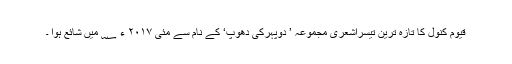
قیوم کنولؔ کا تازہ ترین تیسراشعری مجموعہ ’ دوپہرکی دھوپ‘ کے نام سے مئی ۲۰۱۷ ء ؁ میں شائع ہوا ۔